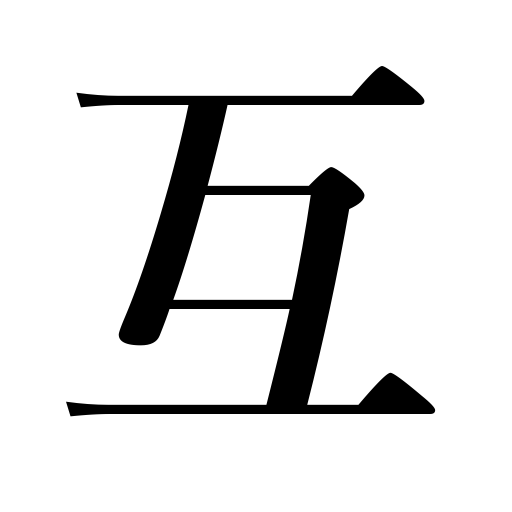
Meanings: together,reciprocally,mutually